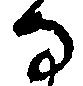
な